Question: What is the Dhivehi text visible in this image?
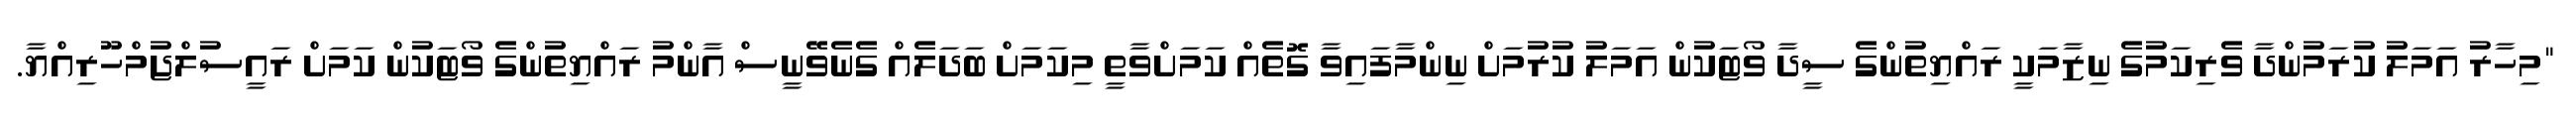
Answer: "މިހާރު އަމަލު ކުރަމުންދާ ވެރިކަމުގެ ނިޒާމަކީ ރައްޔިތުންގެ ސީދާ ވޯޓަކުން އަމަލު ކުރުމަށް ނިންމާފައިވާ ގޮތެއް ކަމަށްވާތީ މިކަމަށް ބަދަލެއް ގެނެވޭނީސް އާންމު ރައްޔިތުންގެ ވޯޓަކުން ކަމަށް ރައީސުލްޖުމްހޫރިއްޔާ.